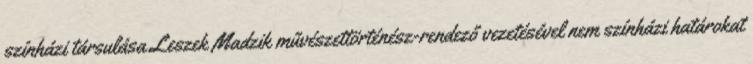
színházi társulása Leszek Madzik művészettörténész-rendező vezetésével nem színházi határokat